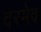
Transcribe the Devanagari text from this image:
दरमेव